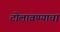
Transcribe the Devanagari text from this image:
टोलावण्याचा